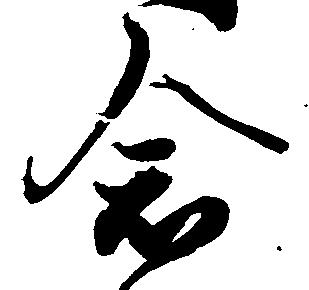
念